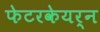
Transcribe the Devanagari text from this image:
फेटरकेयर्न